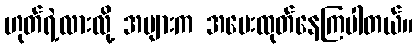
ဟုတ်ရဲ့လားလို့ အများက အမေးထုတ်နေကြပါတယ်။